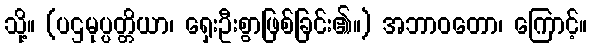
သို့။ (ပဌမုပ္ပတ္တိယာ၊ ရှေးဦးစွာဖြစ်ခြင်း၏။) အဘာဝတော၊ ကြောင့်။